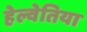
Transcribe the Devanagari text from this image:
हेल्वेतिया